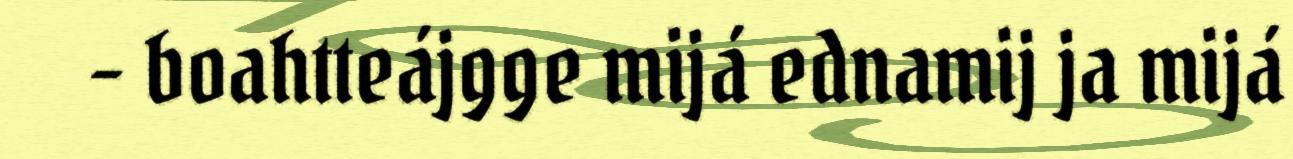
- boahtteájgge mijá ednamij ja mijá